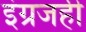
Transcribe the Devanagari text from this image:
इंग्रजही